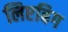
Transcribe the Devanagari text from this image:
लिएबिग